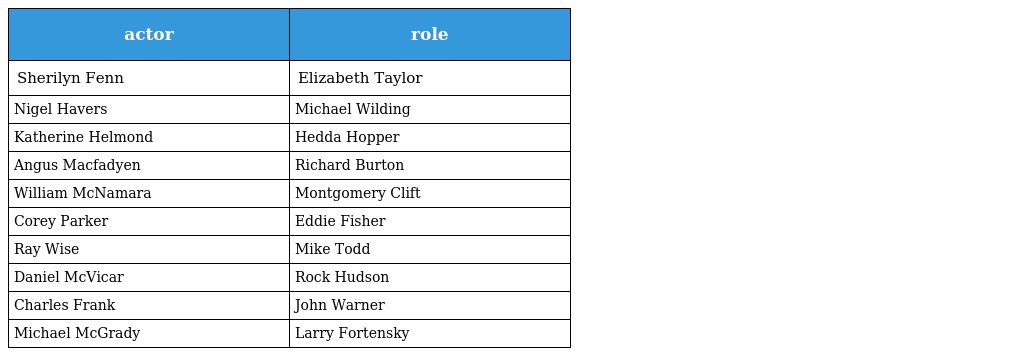
| actor | role |
 | --- | --- |
 | Sherilyn Fenn | Elizabeth Taylor |
 | Nigel Havers | Michael Wilding |
 | Katherine Helmond | Hedda Hopper |
 | Angus Macfadyen | Richard Burton |
 | William McNamara | Montgomery Clift |
 | Corey Parker | Eddie Fisher |
 | Ray Wise | Mike Todd |
 | Daniel McVicar | Rock Hudson |
 | Charles Frank | John Warner |
 | Michael McGrady | Larry Fortensky |